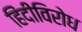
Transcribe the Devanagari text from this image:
हिंदीविरोध